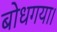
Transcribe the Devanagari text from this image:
बोधगया।